Lunatic asylums Central Provinces reports 1874-1885 - 1874-1885
Year: 1874
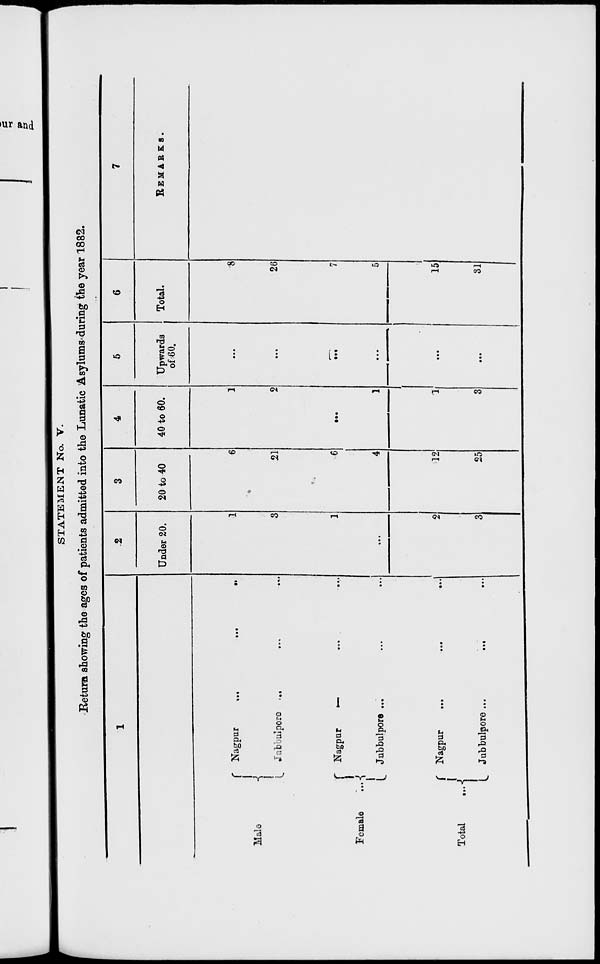
STATEMENT No. V.
Return showing the ages of patients admitted into the Lunatic Asylums during the year 1882.
1
Male
Female ...
Total ...
Nagpur
...
...
...
Jubbulpore ...
...
...
Nagpur ... ... ...
Jubbulpore ... ... ...
Nagpur
...
...
...
Jubbulpore ...
...
...
2
Under 20.
1
3
1
...
2
3
3
20 to 40
6
21
6
4
12
25
4
40 to 60.
1
2
...
1
1
3
5
Upwards
of 60.
...
...
...
...
...
...
6
Total.
8
26
7
5
15
31
7
REMARKS.